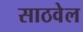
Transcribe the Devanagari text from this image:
साठवेल